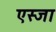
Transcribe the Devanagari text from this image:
एस्जा